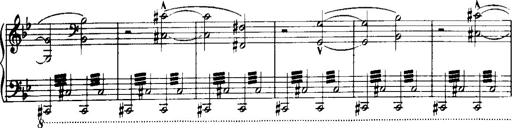
Title: Historische ungarische Bildnisse
Composer: Franz Liszt